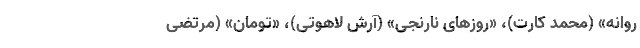
روانه» (محمد کارت)، «روزهای نارنجی» (آرش لاهوتی)، «تومان» (مرتضی